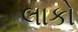
લાકો